Indian journal of veterinary science and animal husbandry - Volumes 15-17, 1948-1951
Year: 1948
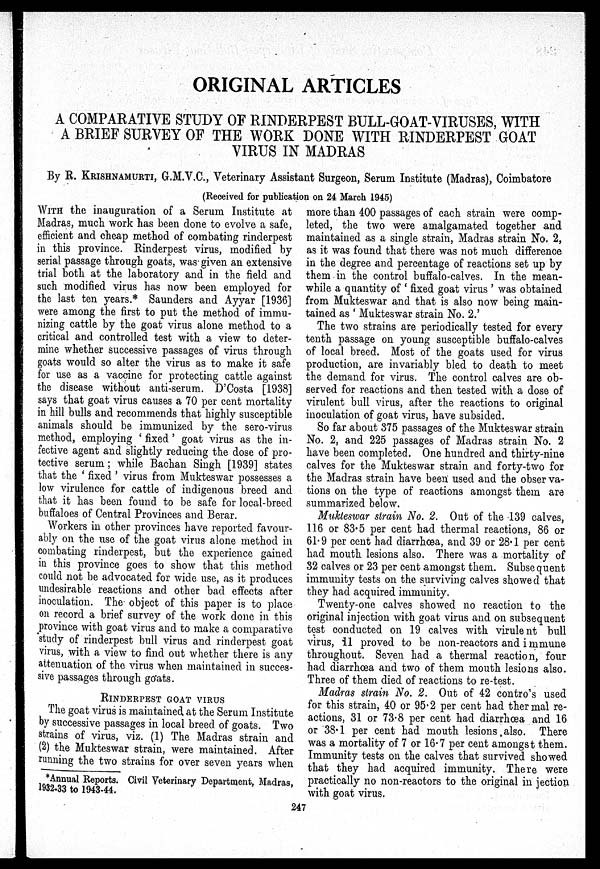
ORIGINAL ARTICLES
A COMPARATIVE STUDY OF RINDERPEST BULL-GOAT-VIRUSES, WITH
A BRIEF SURVEY OF THE WORK DONE WITH RINDERPEST GOAT
VIRUS IN MADRAS
By R. KRISHNAMURTI, G.M.V.C., Veterinary Assistant Surgeon, Serum Institute (Madras), Coimbatore
(Received for publication on 24 March 1945)
WITH the inauguration of a Serum Institute at
Madras, much work has been done to evolve a safe,
efficient and cheap method of combating rinderpest
in this province. Rinderpest virus, modified by
serial passage through goats, was given an extensive
trial both at the laboratory and in the field and
such modified virus has now been employed for
the last ten years.* Saunders and Ayyar [1936]
were among the first to put the method of immu-
nizing cattle by the goat virus alone method to a
critical and controlled test with a view to deter-
mine whether successive passages of virus through
goats would so alter the virus as to make it safe
for use as a vaccine for protecting cattle against
the disease without anti-serum. D'Costa [1938]
says that goat virus causes a 70 per cent mortality
in hill bulls and recommends that highly susceptible
animals should be immunized by the sero-virus
method, employing ' fixed' goat virus as the in-
fective agent and slightly reducing the dose of pro-
tective serum; while Bachan Singh [1939] states
that the ' fixed ' virus from Mukteswar possesses a
low virulence for cattle of indigenous breed and
that it has been found to be safe for local-breed
buffaloes of Central Provinces and Berar.
Workers in other provinces have reported favour-
ably on the use of the goat virus alone method in
combating rinderpest, but the experience gained
in this province goes to show that this method
could not be advocated for wide use, as it produces
undesirable reactions and other bad effects after
inoculation. The object of this paper is to place
on record a brief survey of the work done in this
province with goat virus and to make a comparative
study of rinderpest bull virus and rinderpest goat
virus, with a view to find out whether there is any
attenuation of the virus when maintained in succes-
sive passages through goats.
RINDERPEST GOAT VIRUS
The goat virus is maintained at the Serum Institute
by successive passages in local breed of goats. Two
strains of virus, viz. (1) The Madras strain and
(2) the Mukteswar strain, were maintained. After
running the two strains for over seven years when
* Annual Reports. Civil Veterinary Department, Madras,
1932.33 to 1943-44.
more than 400 passages of each strain were comp-
leted, the two were amalgamated together and
maintained as a single strain, Madras strain No. 2,
as it was found that there was not much difference
in the degree and percentage of reactions set up by
them in the control buffalo-calves. In the mean-
while a quantity of ' fixed goat virus ' was obtained
from Mukteswar and that is also now being main-
tained as ' Mukteswar strain No. 2.'
The two strains are periodically tested for every
tenth passage on young susceptible buffalo-calves
of local breed. Most of the goats used for virus
production, are invariably bled to death to meet
the demand for virus. The control calves are ob-
served for reactions and then tested with a dose of
virulent bull virus, after the reactions to original
inoculation of goat virus, have subsided.
So far about 375 passages of the Mukteswar strain
No. 2, and 225 passages of Madras strain No. 2
have been completed. One hundred and thirty-nine
calves for the Mukteswar strain and forty-two for
the Madras strain have been used and the observa-
tions on the type of reactions amongst them are
summarized below.
Mukteswar strain No. 2. Out of the 139 calves,
116 or 83.5 per cent had thermal reactions, 86 or
61.9 per cent had diarrhœa, and 39 or 28.1 per cent
had mouth lesions also. There was a mortality of
32 calves or 23 per cent amongst them. Subsequent
immunity tests on the surviving calves showed that
they had acquired immunity.
Twenty-one calves showed no reaction to the
original injection with goat virus and on subsequent
test conducted on 19 calves with virulent bull
virus, 11 proved to be non-reactors and immune
throughout. Seven had a thermal reaction, four
had diarrhœa and two of them mouth lesions also.
Three of them died of reactions to re-test.
Madras strain No. 2. Out of 42 contro's used
for this strain, 40 or 95.2 per cent had thermal re-
actions, 31 or 73.8 per cent had diarrhœa and 16
or 38.1 per cent had mouth lesions also. There
was a mortality of 7 or 16.7 per cent amongst them.
Immunity tests on the calves that survived showed
that they had acquired immunity. There were
practically no non-reactors to the original in jection
with goat virus.
247